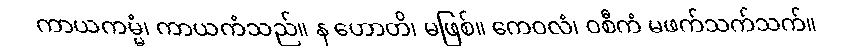
ကာယကမ္မံ၊ ကာယကံသည်။ န ဟောတိ၊ မဖြစ်။ ကေဝလံ၊ ဝစီကံ မဖက်သက်သက်။